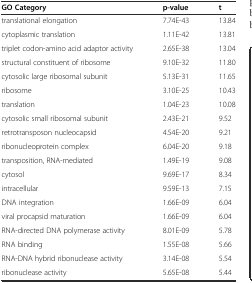
<table><thead><tr><td><b>GO Category</b></td><td><b>p-value</b></td><td><b>t</b></td></tr></thead><tbody><tr><td>translational elongation</td><td>7.74E-43</td><td>13.84</td></tr><tr><td>cytoplasmic translation</td><td>1.11E-42</td><td>13.81</td></tr><tr><td>triplet codon-amino acid adaptor activity</td><td>2.65E-38</td><td>13.04</td></tr><tr><td>structural constituent of ribosome</td><td>9.10E-32</td><td>11.80</td></tr><tr><td>cytosolic large ribosomal subunit</td><td>5.13E-31</td><td>11.65</td></tr><tr><td>ribosome</td><td>3.10E-25</td><td>10.43</td></tr><tr><td>translation</td><td>1.04E-23</td><td>10.08</td></tr><tr><td>cytosolic small ribosomal subunit</td><td>2.43E-21</td><td>9.52</td></tr><tr><td>retrotransposon nucleocapsid</td><td>4.54E-20</td><td>9.21</td></tr><tr><td>ribonucleoprotein complex</td><td>6.04E-20</td><td>9.18</td></tr><tr><td>transposition, RNA-mediated</td><td>1.49E-19</td><td>9.08</td></tr><tr><td>cytosol</td><td>9.69E-17</td><td>8.34</td></tr><tr><td>intracellular</td><td>9.59E-13</td><td>7.15</td></tr><tr><td>DNA integration</td><td>1.66E-09</td><td>6.04</td></tr><tr><td>viral procapsid maturation</td><td>1.66E-09</td><td>6.04</td></tr><tr><td>RNA-directed DNA polymerase activity</td><td>8.01E-09</td><td>5.78</td></tr><tr><td>RNA binding</td><td>1.55E-08</td><td>5.66</td></tr><tr><td>RNA-DNA hybrid ribonuclease activity</td><td>3.14E-08</td><td>5.54</td></tr><tr><td>ribonuclease activity</td><td>5.65E-08</td><td>5.44</td></tr></tbody></table>